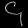
Digit: ၄